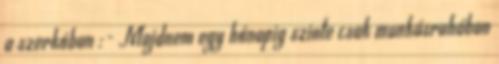
a szerkóban :- Majdnem egy hónapig szinte csak munkásruhában